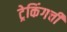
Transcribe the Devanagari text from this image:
ट्रेकिंगची